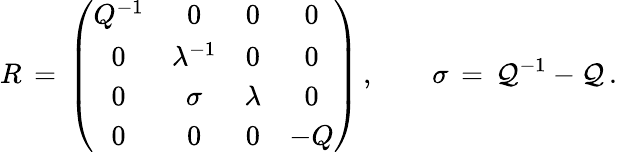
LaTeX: R\, =\, \left(\begin{array}{cccc}{{Q^{-1}}}&{{0}}&{{0}}&{{0}}\\ {{0}}&{{\lambda^{-1}}}&{{0}}&{{0}}\\ {{0}}&{{\sigma}}&{{\lambda}}&{{0}}\\ {{0}}&{{0}}&{{0}}&{{-Q}}\end{array}\right)\, ,\qquad\sigma\, =\, \mathcal{Q}^{-1}-\mathcal{Q}\, .